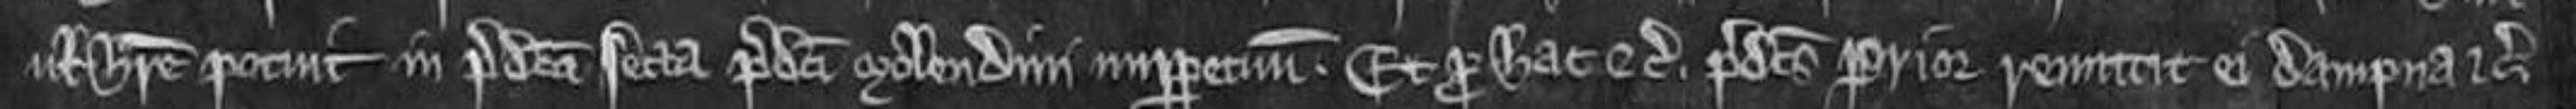
vel habere potuit in predicta secta predicti molendini imperpetuum. Et pro hac etc. predictus Prior remittit ei dampna etc.